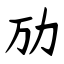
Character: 劢